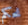
نحكم